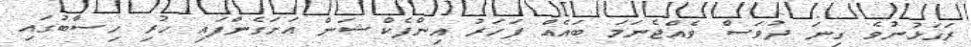
ރަގަޅުނުވެ ގިނަ ދުވަސް ވެއްޖެނަމަ ބައެއް ފަހަރު އިންފެކްޝަން އަށަގެންފައި ހުރި ހިސާބުގައި